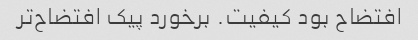
افتضاح بود کیفیت. برخورد پیک افتضاح‌تر